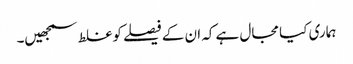
ہماری کیا مجال ہے کہ ان کے فیصلے کوغلط سمجھیں۔